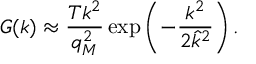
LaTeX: G ( k ) \approx \frac { T k ^ { 2 } } { q _ { M } ^ { 2 } } \exp \left( - \frac { k ^ { 2 } } { 2 \hat { k } ^ { 2 } } \right) .